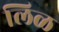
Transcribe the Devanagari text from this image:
लिळ